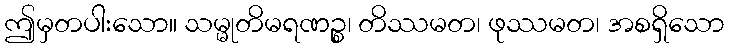
ဤမှတပါးသော။ သမ္မုတိမရဏဉ္စ၊ တိဿမတ၊ ဖုဿမတ၊ အစရှိသော